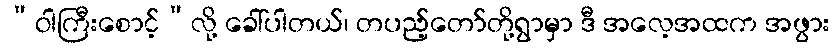
“ဝါကြီးစောင့်”လို့ ခေါ်ပါတယ်၊ တပည့်တော်တို့ရွာမှာ ဒီ အလေ့အထက အဖွား